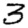
Digit: 3